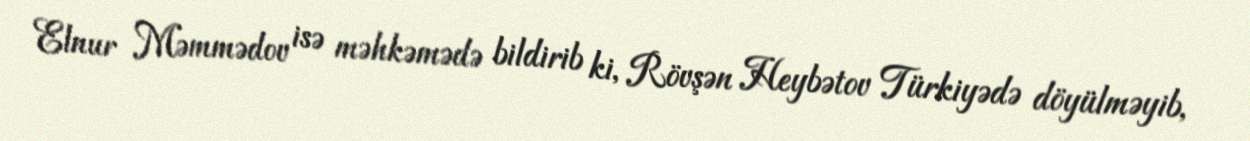
Elnur Məmmədov isə məhkəmədə bildirib ki, Rövşən Heybətov Türkiyədə döyülməyib,